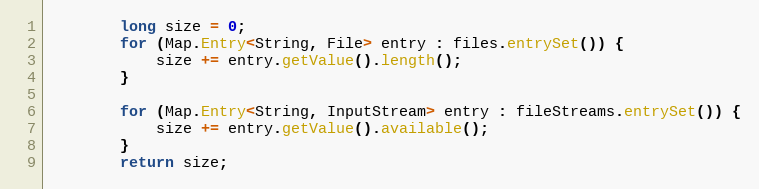
Language: Java
        long size = 0;
        for (Map.Entry<String, File> entry : files.entrySet()) {
            size += entry.getValue().length();
        }

        for (Map.Entry<String, InputStream> entry : fileStreams.entrySet()) {
            size += entry.getValue().available();
        }
        return size;